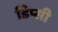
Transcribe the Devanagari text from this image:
डिप्सी